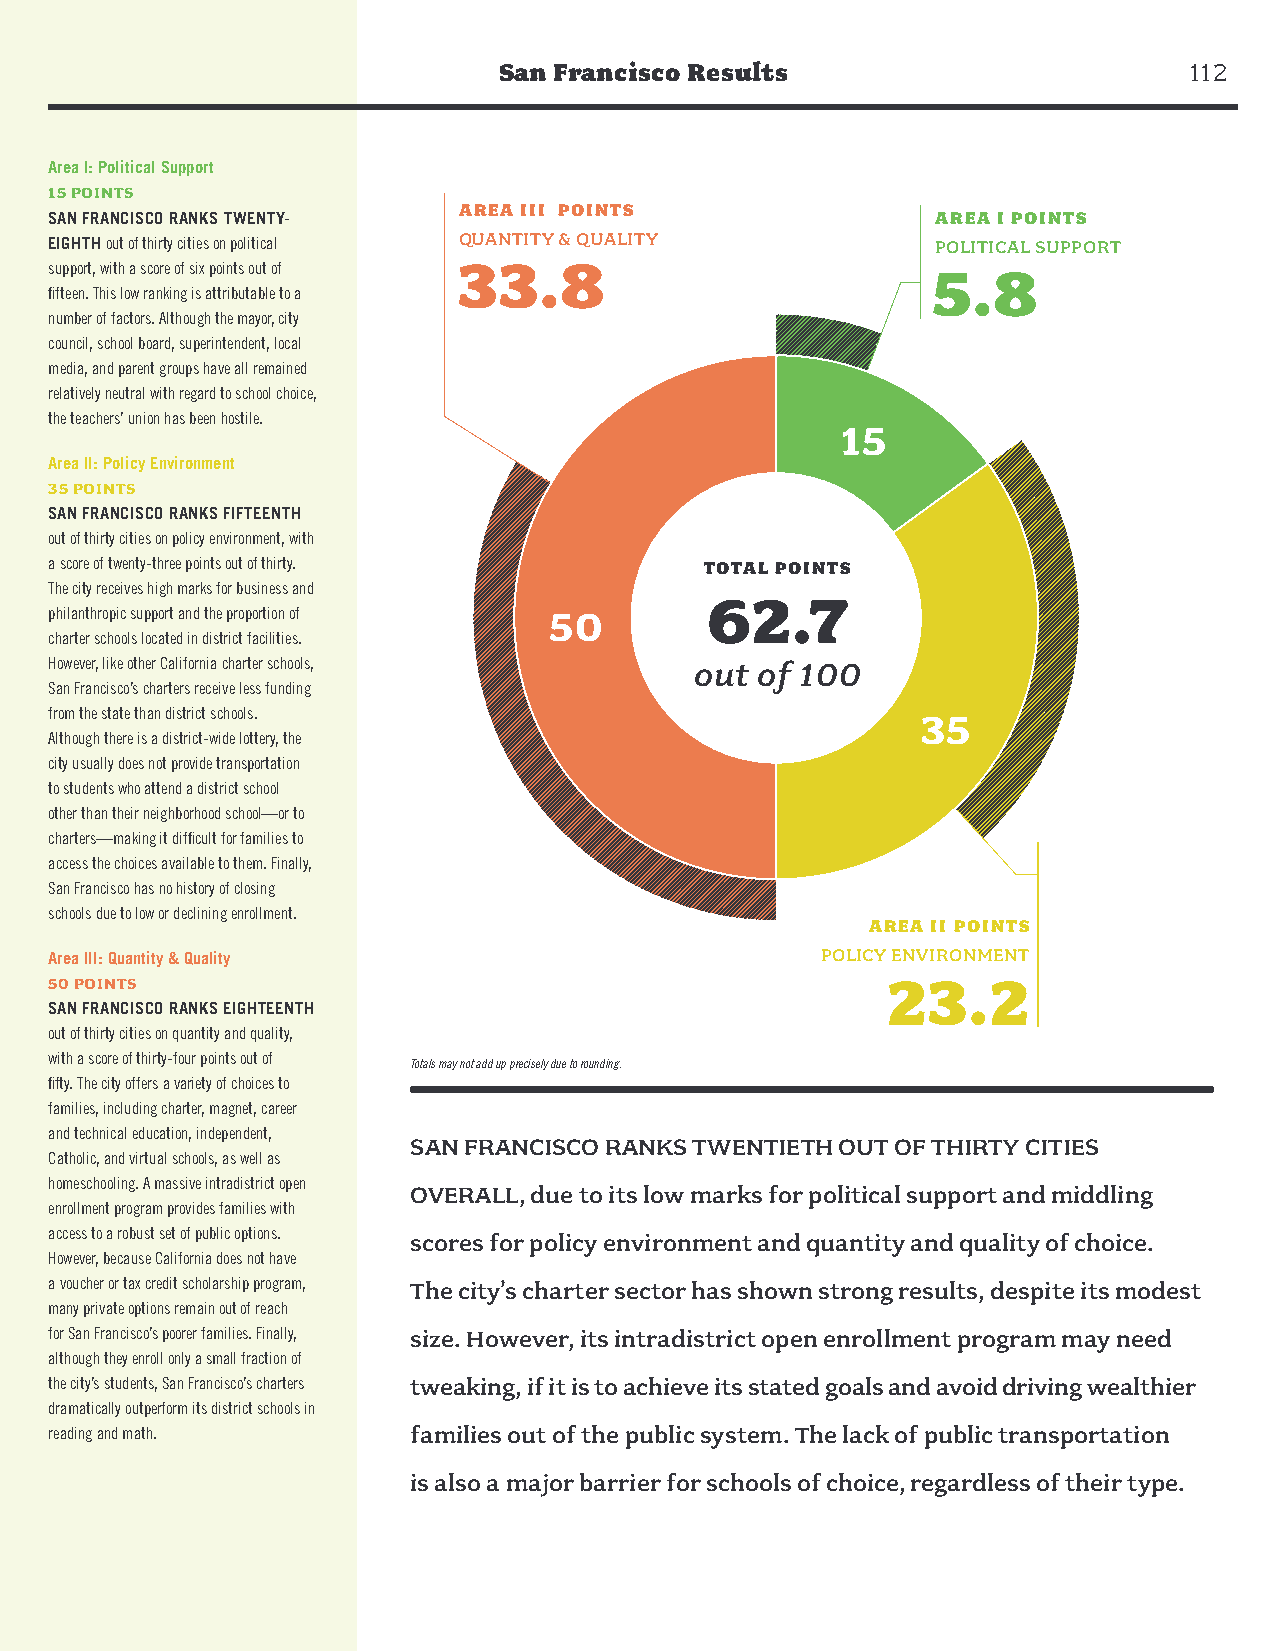
San Francisco Results                         112
 Area I: Political Support
 15 POINTS
 AREA III POINTS
 SAN FRANCISCO RANKS TWENTY-                                AREA I POINTS
 EIGHTH out of thirty cities on political QUANTITY & QUALITY POLITICAL SUPPORT
 support, with a score of six points out of 33.8            5.8
 fifteen. This low ranking is attributable to a
 number of factors. Although the mayor, city
 council, school board, superintendent, local
 media, and parent groups have all remained
 relatively neutral with regard to school choice,
 the teachers’ union has been hostile.
 15
 Area II: Policy Environment
 35 POINTS
 SAN FRANCISCO RANKS FIFTEENTH
 out of thirty cities on policy environment, with
 a score of twenty-three points out of thirty. TOTAL POINTS
 The city receives high marks for business and
 62.7
 philanthropic support and the proportion of 50
 charter schools located in district facilities.
 However, like other California charter schools, out of 100
 San Francisco’s charters receive less funding
 from the state than district schools.                     35
 Although there is a district-wide lottery, the
 city usually does not provide transportation
 to students who attend a district school
 other than their neighborhood school—or to
 charters—making it difficult for families to
 access the choices available to them. Finally,
 San Francisco has no history of closing
 schools due to low or declining enrollment.
 AREA II POINTS
 Area III: Quantity & Quality                       POLICY ENVIRONMENT
 50 POINTS                                               23.2
 SAN FRANCISCO RANKS EIGHTEENTH
 out of thirty cities on quantity and quality,
 with a score of thirty-four points out of
 Totals may not add up precisely due to rounding.
 fifty. The city offers a variety of choices to
 families, including charter, magnet, career
 and technical education, independent,
 SAN FRANCISCO RANKS TWENTIETH OUT OF THIRTY CITIES
 Catholic, and virtual schools, as well as
 homeschooling. A massive intradistrict open
 OVERALL, due to its low marks for political support and middling
 enrollment program provides families with
 access to a robust set of public options. scores for policy environment and quantity and quality of choice.
 However, because California does not have
 a voucher or tax credit scholarship program, The city’s charter sector has shown strong results, despite its modest
 many private options remain out of reach
 for San Francisco’s poorer families. Finally, size. However, its intradistrict open enrollment program may need
 although they enroll only a small fraction of
 the city’s students, San Francisco’s charters tweaking, if it is to achieve its stated goals and avoid driving wealthier
 dramatically outperform its district schools in
 reading and math.       families out of the public system. The lack of public transportation
 is also a major barrier for schools of choice, regardless of their type.